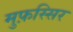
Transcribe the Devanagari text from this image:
मुफ़स्सिर